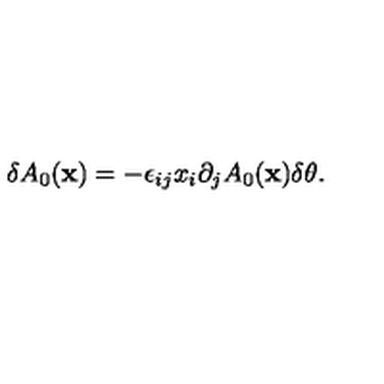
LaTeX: \delta A _ { 0 } ( { \bf x } ) = - \epsilon _ { i j } x _ { i } \partial _ { j } A _ { 0 } ( { \bf x } ) \delta \theta .